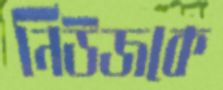
নিউজকে